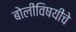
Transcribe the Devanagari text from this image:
बोलींविषयींचे